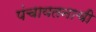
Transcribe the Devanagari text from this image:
पंचायतनाची